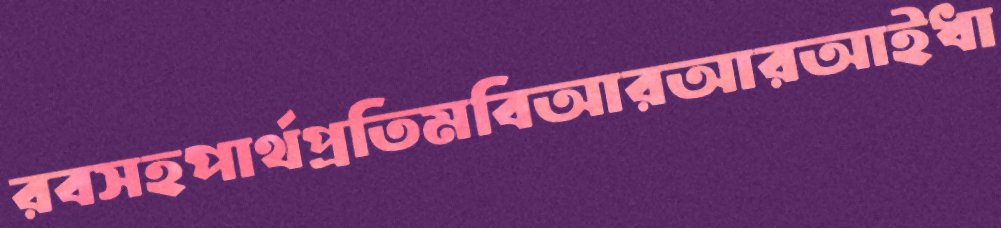
রবসহপার্থপ্রতিমবিআরআরআইধা